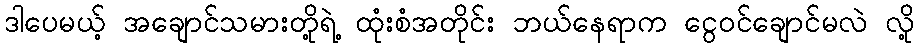
ဒါပေမယ့် အချောင်သမားတို့ရဲ့ ထုံးစံအတိုင်း ဘယ်နေရာက ငွေဝင်ချောင်မလဲ လို့